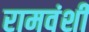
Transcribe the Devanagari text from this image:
रामवंशी